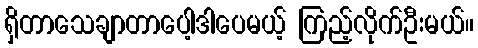
ရှိတာသေချာတာပေါ့ဒါပေမယ့် ကြည့်လိုက်ဦးမယ်။